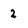
Character: 2